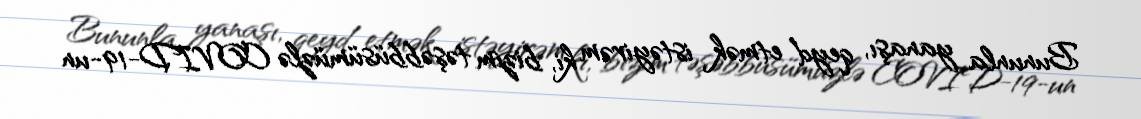
Bununla yanaşı, qeyd etmək istəyirəm ki, bizim təşəbbüsümüzlə COVID-19-un